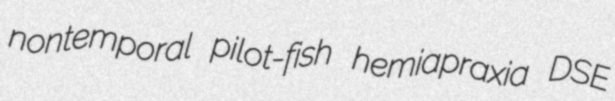
nontemporal pilot-fish hemiapraxia DSE